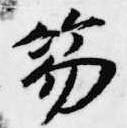
笏